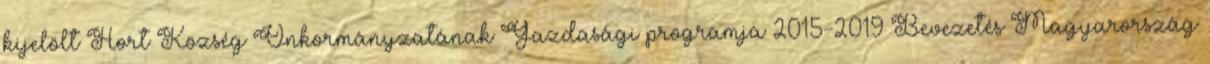
kijelölt Hort Község Önkormányzatának Gazdasági programja 2015-2019 Bevezetés Magyarország